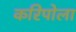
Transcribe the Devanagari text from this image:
करिपोला